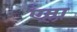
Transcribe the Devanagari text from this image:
एम्ला